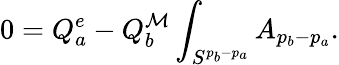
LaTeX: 0=Q_{a}^{e}-Q_{b}^{\mathcal{M}}\int_{S^{p_{b}-p_{a}}}A_{p_{b}-p_{a}}.